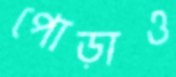
পোড়াও